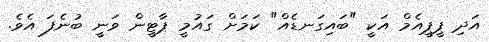
އަދި ޕީޕީއެމް އަކީ "ބައިގަނޑެއް" ކަމަށް ގައުމީ ޕާޓީން ވަނީ ބުނެފަ އެވެ.